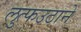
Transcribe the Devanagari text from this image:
लुत्फउठाने